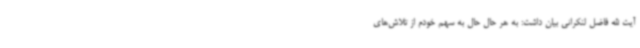
آیت الله فاضل لنکرانی بیان داشت: به هر حال حال به سهم خودم از تلاش‌های